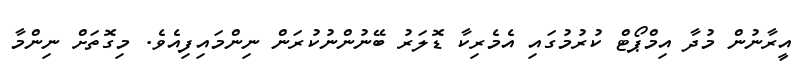
އީރާނުން މުދާ އިމްޕޯޓް ކުރުމުގައި އެމެރިކާ ޑޮލަރު ބޭނުންނުކުރަން ނިންމައިފިއެވެ. މިގޮތަށް ނިންމާ